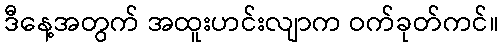
ဒီနေ့အတွက် အထူးဟင်းလျာက ဝက်ခုတ်ကင်။